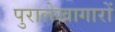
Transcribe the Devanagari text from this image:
पुरालेखागारों